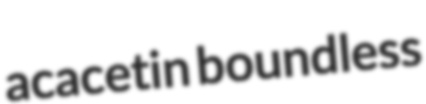
acacetin boundless